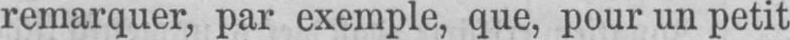
remarquer, par exemple, que, pour un petit